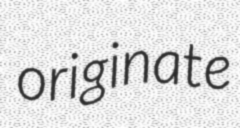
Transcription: originate